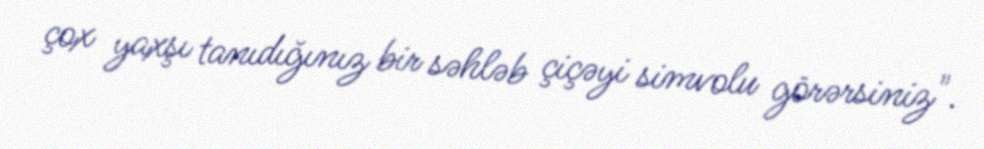
çox yaxşı tanıdığınız bir səhləb çiçəyi simvolu görərsiniz".